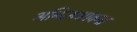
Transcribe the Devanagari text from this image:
अनित्यभावना